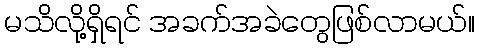
မသိလို့ရှိရင် အခက်အခဲတွေဖြစ်လာမယ်။